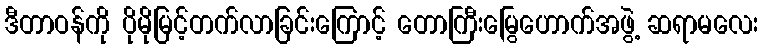
ဒီတာဝန်ကို ပိုမိုမြင့်တက်လာခြင်းကြောင့် တောကြီးမြွေဟောက်အဖွဲ့ ဆရာမလေး